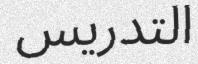
التدريس